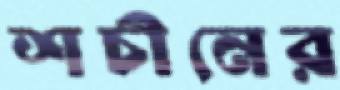
শচীনের